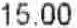
15.00